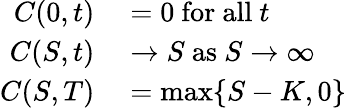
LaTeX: \begin{array}{rl}{C(0,t)}&{{}=0{\mathrm{~for~all~}}t}\\ {C(S,t)}&{{}\rightarrow S{\mathrm{~as~}}S\rightarrow\infty}\\ {C(S,T)}&{{}=\operatorname*{max}\{ S-K,0\} }\end{array}